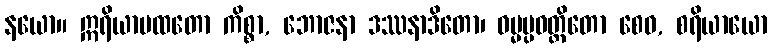
နယော။ ဣရိယာပထတော ကိစ္စာ, ဘောဇနာ ဒဿနာဒိတော၊ ဓမ္မပ္ပဝတ္တိတော စေဝ, စရိယာယော